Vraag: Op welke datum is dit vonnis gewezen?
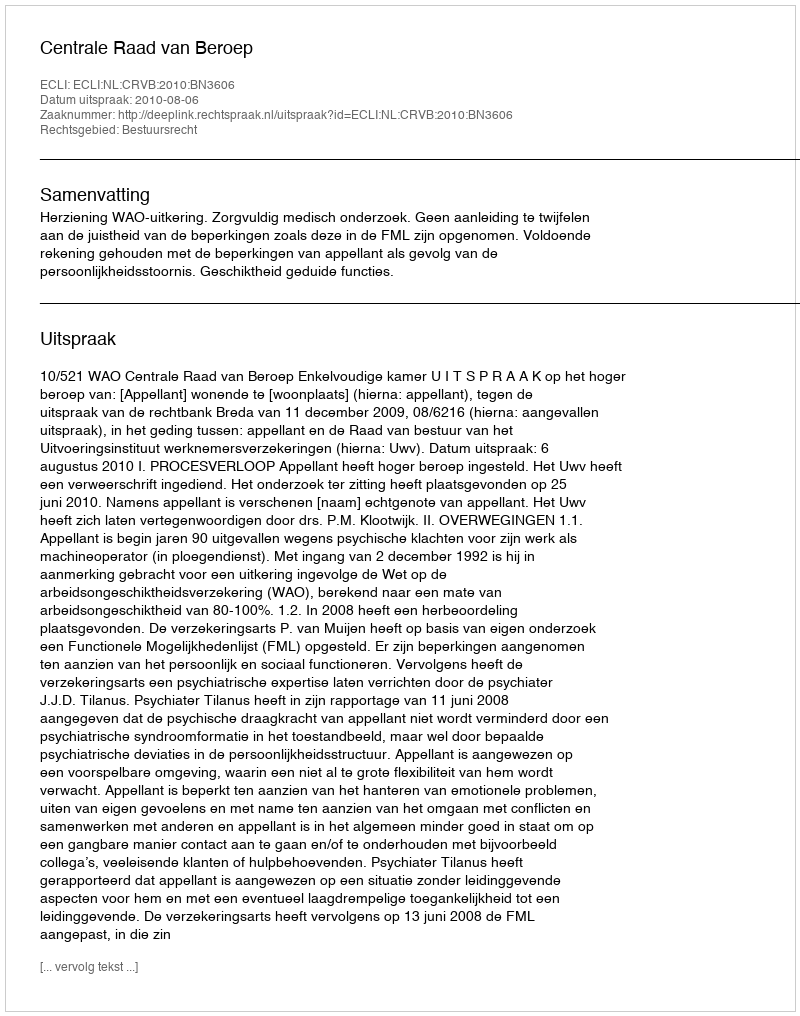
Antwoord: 2010-08-06